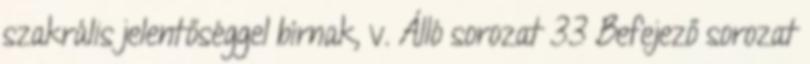
szakrális jelentőséggel bírnak, v. Álló sorozat 33 Befejező sorozat